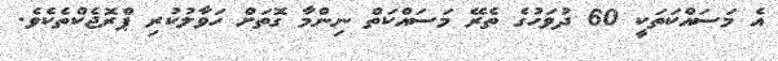
އެ މަސައްކަތަކީ 60 ދުވަހުގެ ތެރޭ މަސައްކަތް ނިންމާ ގޮތަށް ހަވާލުކުރި ޕްރޮޖެކްތެކެވެ.